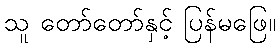
သူ တော်တော်နှင့် ပြန်မဖြေ။